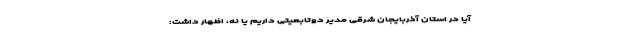
آیا در استان آذربایجان شرقی مدیر دوتابعیتی داریم یا نه، اظهار داشت: